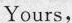
Yours，